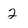
Character: 2